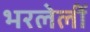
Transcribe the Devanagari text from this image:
भरलेलीं